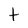
Character: t